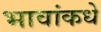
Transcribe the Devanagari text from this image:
भावांकधे